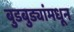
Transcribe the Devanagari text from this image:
बुडबुड्यांमधून